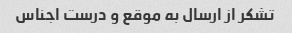
تشکر از ارسال به موقع و درست اجناس